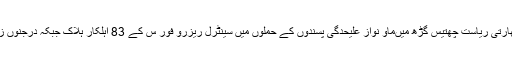
اسی دوران بھارتی ریاست چھتیس گڑھ میںماؤ نواز علیحدگی پسندوں کے حملوں میں سینٹرل ریزرو فور س کے 83 اہلکار ہلاک جبکہ درجنوں زخمی ہوگئے۔